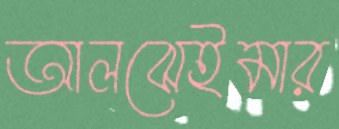
আলঝেইমার